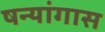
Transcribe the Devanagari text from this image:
षन्यांगास